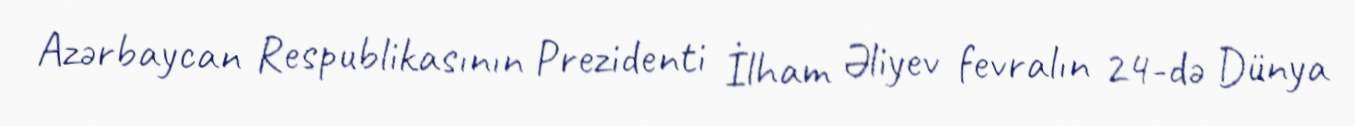
Azərbaycan Respublikasının Prezidenti İlham Əliyev fevralın 24-də Dünya